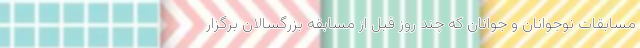
مسابقات نوجوانان و جوانان که چند روز قبل از مسابقه بزرگسالان برگزار